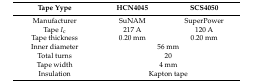
| Tape Yype | HCN4045 | SCS4050 |
 | --- | --- | --- |
 | Manufacturer | SuNAM | SuperPower |
 | Tape Ic | 217 A | 120 A |
 | Tape thickness | 0.20 mm | 0.20 mm |
 | Inner diameter | <COLSPAN=2> 56 mm |
 | Total turns | <COLSPAN=2> 20 |
 | Tape width | <COLSPAN=2> 4 mm |
 | Insulation | <COLSPAN=2> Kapton tape |